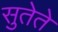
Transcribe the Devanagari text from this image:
सुतेते